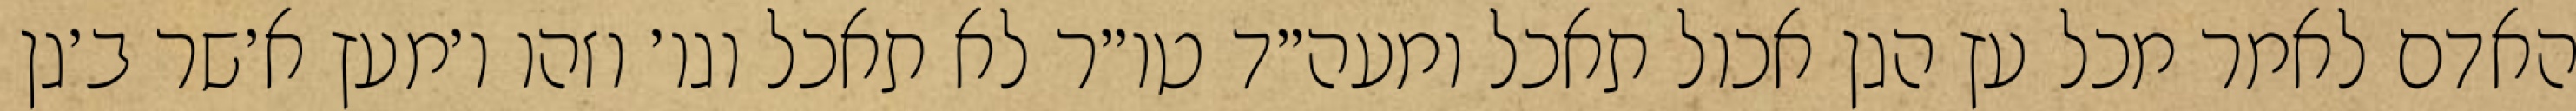
האדם לאמר מכל עץ הגן אכול תאכל ומעה״ד טו״ר לא תאכל וגו׳ וזהו ו׳מעץ א׳שר ב׳גן